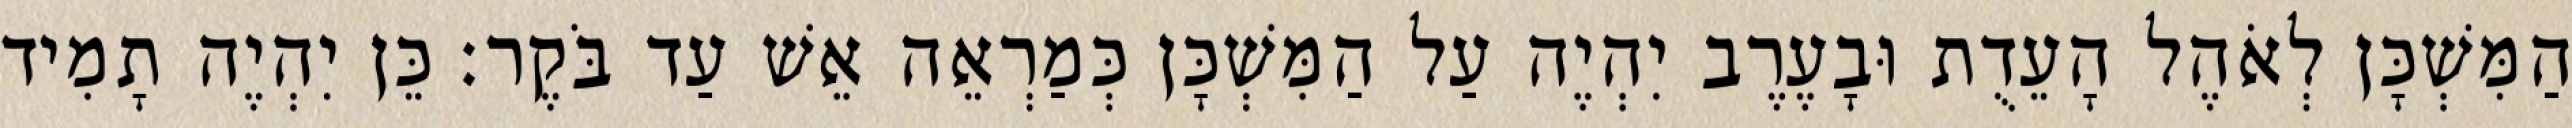
הַמִּשְׁכָּן לְאֹהֶל הָעֵדֻת וּבָעֶרֶב יִהְיֶה עַל הַמִּשְׁכָּן כְּמַרְאֵה אֵשׁ עַד בֹּקֶר׃ כֵּן יִהְיֶה תָמִיד